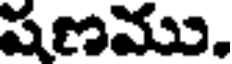
షణము.